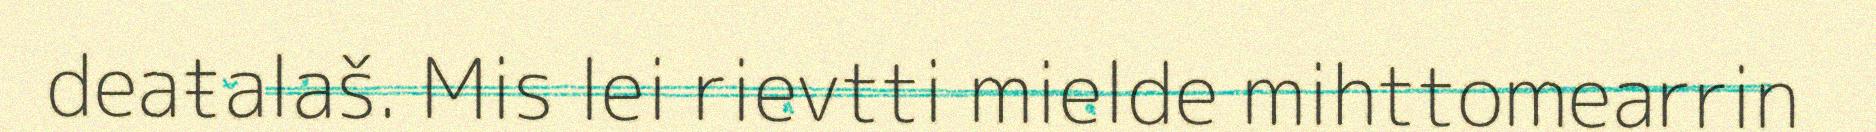
deaŧalaš. Mis lei rievtti mielde mihttomearrin